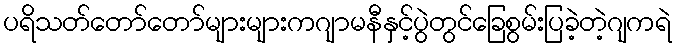
ပရိသတ်တော်တော်များများကဂျာမနီနှင့်ပွဲတွင်ခြေစွမ်းပြခဲ့တဲ့ဂျကရဲ